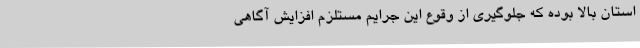
استان بالا بوده که جلوگیری از وقوع این جرایم مستلزم افزایش آگاهی